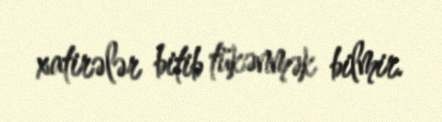
xatirələr bitib tükənmək bilmir.